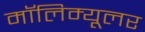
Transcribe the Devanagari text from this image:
मॉलिम्यूलर